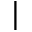
|